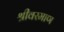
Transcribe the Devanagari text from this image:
श्रीवरमाण